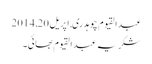
عبدالقیوم چوہدری, ‏اپریل 20, 2014
شکریہ عبدالقیوم بھائی۔